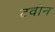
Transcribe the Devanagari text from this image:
टवीन